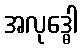
အလုဒ္ဓေါ